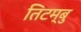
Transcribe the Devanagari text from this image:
तिटम्बु